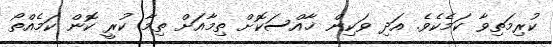
ކުރިމަތިވާ ކަމެކެވެ. އަދި ވަކިން ޚާއްސަކޮށް ތިމާއަށް ތިމާ ކުރީ ކޮން ކަމެއްތޯ